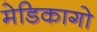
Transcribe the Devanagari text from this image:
मेडिकागो